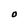
Character: O